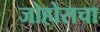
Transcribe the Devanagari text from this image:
जोहोराचा